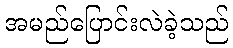
အမည်ပြောင်းလဲခဲ့သည်